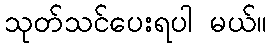
သုတ်သင်ပေးရပါ မယ်။